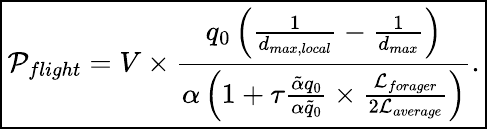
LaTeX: \boxed{\mathcal{P}_{flight}=V\times\frac{q_{0}\left(\frac{1}{d_{max,local}}-\frac{1}{d_{max}}\right)}{\alpha\left(1+\tau\frac{\tilde{\alpha}q_{0}}{\alpha\tilde{q}_{0}}\times\frac{\mathcal{L}_{forager}}{2\mathcal{L}_{average}}\right)}.}